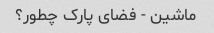
ماشین - فضای پارک چطور؟